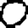
Digit: 0